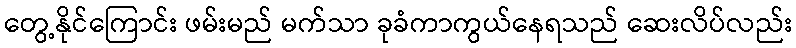
တွေ့နိုင်ကြောင်း ဖမ်းမည် မက်သာ ခုခံကာကွယ်နေရသည် ဆေးလိပ်လည်း